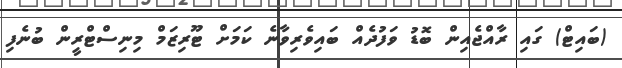
(ބައިޓް) ގައި ރާއްޖެއިން ބޮޑު ވަފުދެއް ބައިވެރިވާނެ ކަމަށް ޓޫރިޒަމް މިނިސްޓްރީން ބުނެފި